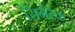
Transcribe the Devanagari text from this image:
सिमैंटेक